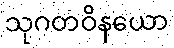
သုဂတဝိနယော